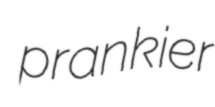
prankier